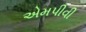
એમપીવી